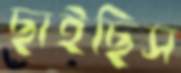
ছাইছিস